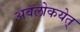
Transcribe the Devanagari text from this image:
अवलोकयेत्